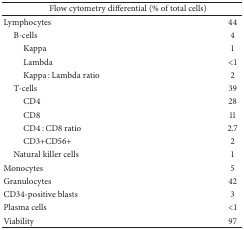
<table><thead><tr><td colspan="2"><b>Flow cytometry differential (% of total cells)</b></td></tr></thead><tbody><tr><td>Lymphocytes</td><td>44</td></tr><tr><td> B-cells</td><td>4</td></tr><tr><td>Kappa</td><td>1</td></tr><tr><td>Lambda</td><td>&lt;1</td></tr><tr><td>Kappa : Lambda ratio</td><td>2</td></tr><tr><td> T-cells</td><td>39</td></tr><tr><td>CD4</td><td>28</td></tr><tr><td>CD8</td><td>11</td></tr><tr><td>CD4 : CD8 ratio</td><td>2.7</td></tr><tr><td>CD3+CD56+</td><td>2</td></tr><tr><td> Natural killer cells</td><td>1</td></tr><tr><td>Monocytes</td><td>5</td></tr><tr><td>Granulocytes</td><td>42</td></tr><tr><td>CD34-positive blasts</td><td>3</td></tr><tr><td>Plasma cells</td><td>&lt;1</td></tr><tr><td>Viability</td><td>97</td></tr></tbody></table>